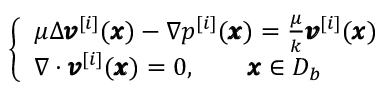
\left\{ \begin{array} { l l } { \mu \Delta { \pmb v } ^ { [ i ] } ( { \pmb x } ) - \nabla p ^ { [ i ] } ( { \pmb x } ) = \frac { \mu } { k } { \pmb v } ^ { [ i ] } ( { \pmb x } ) } \\ { \nabla \cdot { \pmb v } ^ { [ i ] } ( { \pmb x } ) = 0 , \qquad { \pmb x } \in D _ { b } } \end{array} \right.